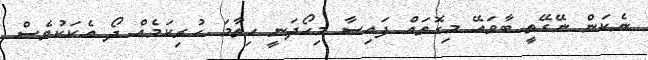
ނެކަން ނޭގޭތީ ބާވައޭ މިގޮތައް ފައިސާ މިހޯދަނީ ހިތާމަ ހުރިކަމެއް ދޯ އެކަކުވެސް